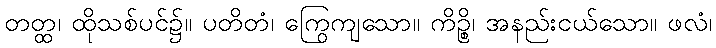
တတ္ထ၊ ထိုသစ်ပင်၌။ ပတိတံ၊ ကြွေကျသော။ ကိဉ္စိ၊ အနည်းငယ်သော။ ဖလံ၊